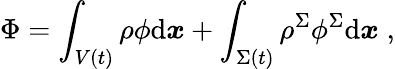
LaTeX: \Phi=\int_{V(t)}\rho\phi\mathrm{d}\boldsymbol{x}+\int_{\Sigma(t)}\rho^{\Sigma}\phi^{\Sigma}\mathrm{d}\boldsymbol{x}\; ,